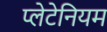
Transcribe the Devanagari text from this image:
प्लेटेनियम